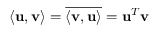
\langle \mathbf { u } , \mathbf { v } \rangle = \overline { { \langle \mathbf { v } , \mathbf { u } \rangle } } = \mathbf { u } ^ { T } \mathbf { v }